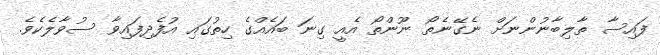
ފައިސާ ތާލިބާނުންނަށް ނެގޭނެތޯ ނޫންތޯ އެއީ ގިނަ ބައެއްގެ ހިތުގައި އުފެދިފައިވާ ސުވާލެކެވެ.